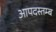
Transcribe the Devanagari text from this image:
आपदस्तम्ब